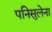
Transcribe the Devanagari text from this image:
पनिसुलेना